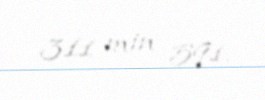
311 min 591.